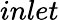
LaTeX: inlet